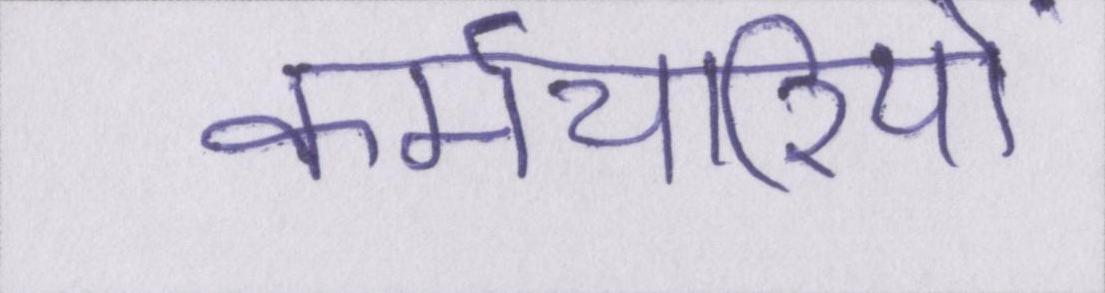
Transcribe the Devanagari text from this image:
कर्मचारियों